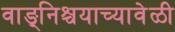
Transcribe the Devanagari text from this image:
वाङ्‌निश्चयाच्यावेळी